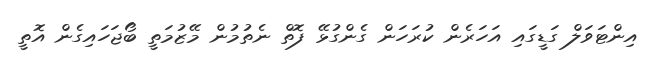
އިންޓަވަލް ގަޑީގައި އަހަރެން ކުރަހަން ގެންގުޅޭ ފޮތް ނެތުމުން މޭޒުމަތީ ބޯޖަހައިގެން އޮތީ